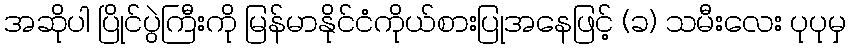
အဆိုပါ ပြိုင်ပွဲကြီးကို မြန်မာနိုင်ငံကိုယ်စားပြုအနေဖြင့် (ခ) သမီးလေး ပုပုမှ